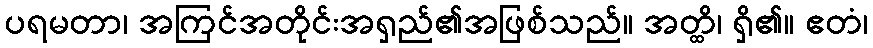
ပရမတာ၊ အကြင်အတိုင်းအရှည်၏အဖြစ်သည်။ အတ္ထိ၊ ရှိ၏။ ဧတံ၊